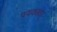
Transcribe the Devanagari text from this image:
पथकावर